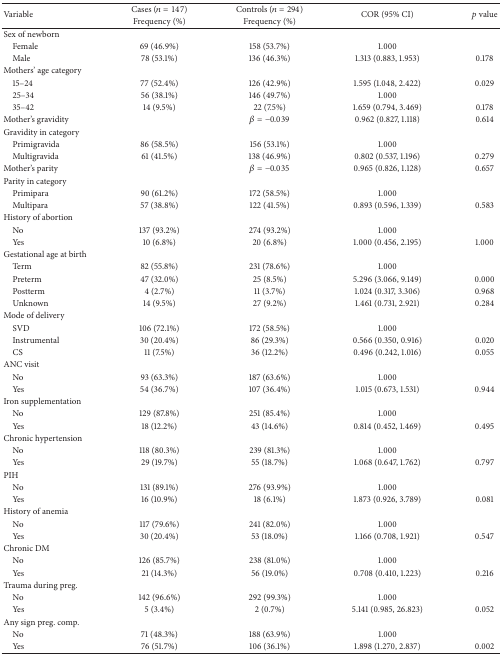
<table><thead><tr><td rowspan="2"><b>Variable </b></td><td><b>Cases (<i>n</i> = 147)</b></td><td><b>Controls (<i>n</i> = 294)</b></td><td rowspan="2"><b>COR (95% CI)</b></td><td rowspan="2"><b><i>p</i> value</b></td></tr><tr><td><b>Frequency (%)</b></td><td><b>Frequency (%)</b></td></tr></thead><tbody><tr><td>Sex of newborn</td><td> </td><td> </td><td> </td><td> </td></tr><tr><td> Female</td><td>69 (46.9%)</td><td>158 (53.7%)</td><td>1.000</td><td> </td></tr><tr><td> Male</td><td>78 (53.1%)</td><td>136 (46.3%)</td><td>1.313 (0.883, 1.953)</td><td>0.178</td></tr><tr><td>Mothers&#x27; age category</td><td> </td><td> </td><td> </td><td> </td></tr><tr><td> 15–24</td><td>77 (52.4%)</td><td>126 (42.9%)</td><td>1.595 (1.048, 2.422)</td><td>0.029</td></tr><tr><td> 25–34</td><td>56 (38.1%)</td><td>146 (49.7%)</td><td>1.000</td><td> </td></tr><tr><td> 35–42</td><td>14 (9.5%)</td><td>22 (7.5%)</td><td>1.659 (0.794, 3.469)</td><td>0.178</td></tr><tr><td>Mother&#x27;s gravidity</td><td> </td><td><i>β</i> = −0.039</td><td>0.962 (0.827, 1.118)</td><td>0.614</td></tr><tr><td>Gravidity in category</td><td> </td><td> </td><td> </td><td> </td></tr><tr><td> Primigravida</td><td>86 (58.5%)</td><td>156 (53.1%)</td><td>1.000</td><td> </td></tr><tr><td> Multigravida</td><td>61 (41.5%)</td><td>138 (46.9%)</td><td>0.802 (0.537, 1.196)</td><td>0.279</td></tr><tr><td>Mother&#x27;s parity</td><td> </td><td><i>β</i> = −0.035</td><td>0.965 (0.826, 1.128)</td><td>0.657</td></tr><tr><td>Parity in category</td><td> </td><td> </td><td> </td><td> </td></tr><tr><td> Primipara</td><td>90 (61.2%)</td><td>172 (58.5%)</td><td>1.000</td><td> </td></tr><tr><td> Multipara</td><td>57 (38.8%)</td><td>122 (41.5%)</td><td>0.893 (0.596, 1.339)</td><td>0.583</td></tr><tr><td>History of abortion</td><td> </td><td> </td><td> </td><td> </td></tr><tr><td> No</td><td>137 (93.2%)</td><td>274 (93.2%)</td><td>1.000</td><td> </td></tr><tr><td> Yes</td><td>10 (6.8%)</td><td>20 (6.8%)</td><td>1.000 (0.456, 2.195)</td><td>1.000</td></tr><tr><td>Gestational age at birth</td><td> </td><td> </td><td> </td><td> </td></tr><tr><td> Term</td><td>82 (55.8%)</td><td>231 (78.6%)</td><td>1.000</td><td> </td></tr><tr><td> Preterm</td><td>47 (32.0%)</td><td>25 (8.5%)</td><td>5.296 (3.066, 9.149)</td><td>0.000</td></tr><tr><td> Postterm</td><td>4 (2.7%)</td><td>11 (3.7%)</td><td>1.024 (0.317, 3.306)</td><td>0.968</td></tr><tr><td> Unknown</td><td>14 (9.5%)</td><td>27 (9.2%)</td><td>1.461 (0.731, 2.921)</td><td>0.284</td></tr><tr><td>Mode of delivery</td><td> </td><td> </td><td> </td><td> </td></tr><tr><td> SVD</td><td>106 (72.1%)</td><td>172 (58.5%)</td><td>1.000</td><td> </td></tr><tr><td> Instrumental</td><td>30 (20.4%)</td><td>86 (29.3%)</td><td>0.566 (0.350, 0.916)</td><td>0.020</td></tr><tr><td> CS</td><td>11 (7.5%)</td><td>36 (12.2%)</td><td>0.496 (0.242, 1.016)</td><td>0.055</td></tr><tr><td>ANC visit</td><td> </td><td> </td><td> </td><td> </td></tr><tr><td> No</td><td>93 (63.3%)</td><td>187 (63.6%)</td><td>1.000</td><td> </td></tr><tr><td> Yes</td><td>54 (36.7%)</td><td>107 (36.4%)</td><td>1.015 (0.673, 1.531)</td><td>0.944</td></tr><tr><td>Iron supplementation</td><td> </td><td> </td><td> </td><td> </td></tr><tr><td> No</td><td>129 (87.8%)</td><td>251 (85.4%)</td><td>1.000</td><td> </td></tr><tr><td> Yes</td><td>18 (12.2%)</td><td>43 (14.6%)</td><td>0.814 (0.452, 1.469)</td><td>0.495</td></tr><tr><td>Chronic hypertension</td><td> </td><td> </td><td> </td><td> </td></tr><tr><td> No</td><td>118 (80.3%)</td><td>239 (81.3%)</td><td>1.000</td><td> </td></tr><tr><td> Yes</td><td>29 (19.7%)</td><td>55 (18.7%)</td><td>1.068 (0.647, 1.762)</td><td>0.797</td></tr><tr><td>PIH</td><td> </td><td> </td><td> </td><td> </td></tr><tr><td> No</td><td>131 (89.1%)</td><td>276 (93.9%)</td><td>1.000</td><td> </td></tr><tr><td> Yes</td><td>16 (10.9%)</td><td>18 (6.1%)</td><td>1.873 (0.926, 3.789)</td><td>0.081</td></tr><tr><td>History of anemia</td><td> </td><td> </td><td> </td><td> </td></tr><tr><td> No</td><td>117 (79.6%)</td><td>241 (82.0%)</td><td>1.000</td><td> </td></tr><tr><td> Yes</td><td>30 (20.4%)</td><td>53 (18.0%)</td><td>1.166 (0.708, 1.921)</td><td>0.547</td></tr><tr><td>Chronic DM</td><td> </td><td> </td><td> </td><td> </td></tr><tr><td> No</td><td>126 (85.7%)</td><td>238 (81.0%)</td><td>1.000</td><td> </td></tr><tr><td> Yes</td><td>21 (14.3%)</td><td>56 (19.0%)</td><td>0.708 (0.410, 1.223)</td><td>0.216</td></tr><tr><td>Trauma during preg.</td><td> </td><td> </td><td> </td><td> </td></tr><tr><td> No</td><td>142 (96.6%)</td><td>292 (99.3%)</td><td>1.000</td><td> </td></tr><tr><td> Yes</td><td>5 (3.4%)</td><td>2 (0.7%)</td><td>5.141 (0.985, 26.823)</td><td>0.052</td></tr><tr><td>Any sign preg. comp.</td><td> </td><td> </td><td> </td><td> </td></tr><tr><td> No</td><td>71 (48.3%)</td><td>188 (63.9%)</td><td>1.000</td><td> </td></tr><tr><td> Yes</td><td>76 (51.7%)</td><td>106 (36.1%)</td><td>1.898 (1.270, 2.837)</td><td>0.002</td></tr></tbody></table>